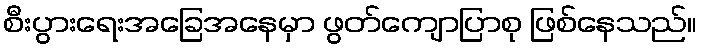
စီးပွားရေးအခြေအနေမှာ ဖွတ်ကျောပြာစု ဖြစ်နေသည်။